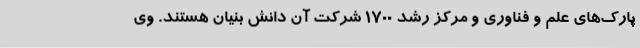
پارک‌های علم و فناوری و مرکز رشد 1700 شرکت آن دانش بنیان هستند. وی